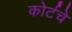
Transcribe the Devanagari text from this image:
कोर्टचे